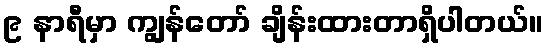
၉ နာရီမှာ ကျွန်တော် ချိန်းထားတာရှိပါတယ်။